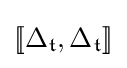
[\![\Delta _{\mathfrak {t}},\Delta _{\mathfrak {t}}]\!]